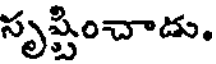
సృష్టించాడు.